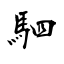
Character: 駟